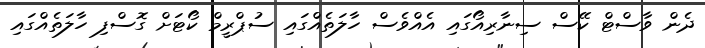
ދެން ވާސްޓް ކޭސް ސިނާރިއޯގައި އެއްވެސް ހާލަތެއްގައި ސުޕްރީމް ކޯޓަށް ގޮސްފި ހާލަތެއްގައި